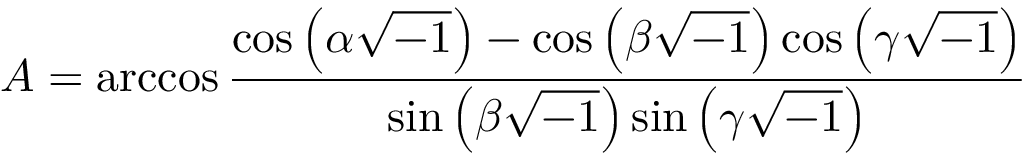
A = \operatorname { a r c c o s } { \frac { \cos \left( \alpha { \sqrt { - 1 } } \right) - \cos \left( \beta { \sqrt { - 1 } } \right) \cos \left( \gamma { \sqrt { - 1 } } \right) } { \sin \left( \beta { \sqrt { - 1 } } \right) \sin \left( \gamma { \sqrt { - 1 } } \right) } }